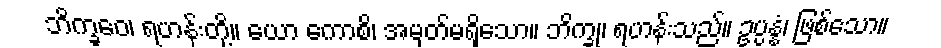
ဘိက္ခဝေ၊ ရဟန်းတို့။ ယော ကောစိ၊ အမှတ်မရှိသော။ ဘိက္ခု၊ ရဟန်းသည်။ ဥပ္ပန္နံ၊ ဖြစ်သော။